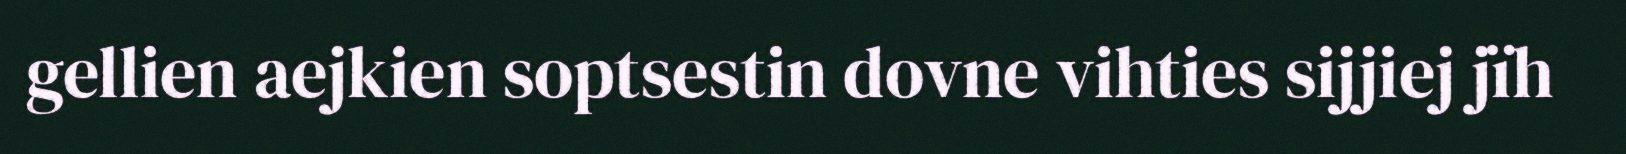
gellien aejkien soptsestin dovne vihties sijjiej jïh